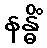
နန္ဓိံ